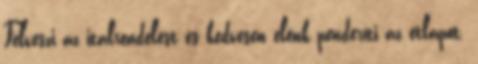
Felveszi az italrendelést és kedvesen elénk penderíti az étlapot.